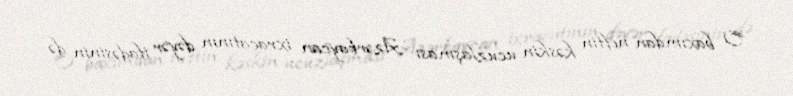
O baxımdan neftin kəskin ucuzlaşması Azərbaycan ixracatının dəyər ifadəsinin də